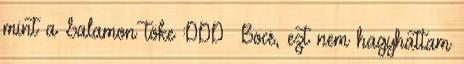
mint a Salamon töke :DDD Bocs, ezt nem hagyhattam